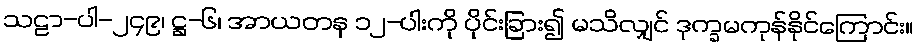
သဠာ-ပါ-၂၄၉၊ ဋ္ဌ-၆၊ အာယတန ၁၂-ပါးကို ပိုင်းခြား၍ မသိလျှင် ဒုက္ခမကုန်နိုင်ကြောင်း။